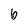
Character: 6